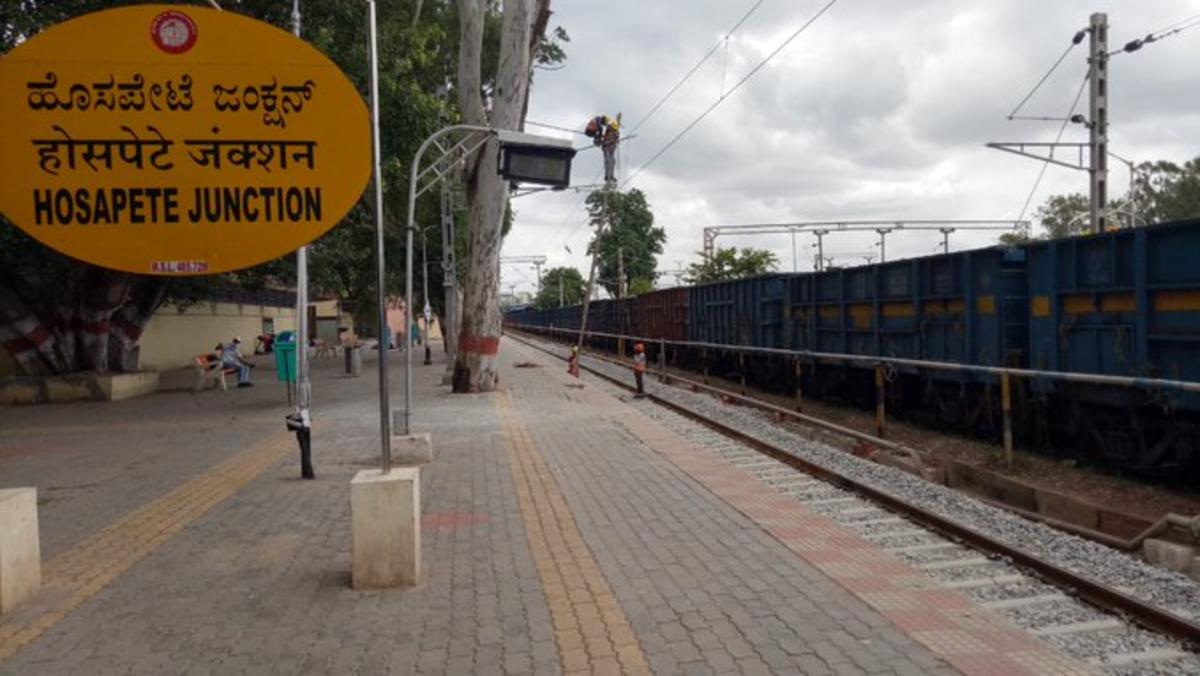
Language: kannada
Transcription: ಹೊಸಪೇಟೆ ಜಂಕ್ಷನ್